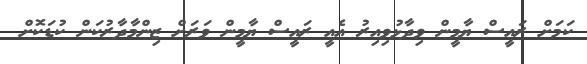
ކަމަށް ރައީސް ޔާމީން ވިދާޅުވިއިރު އެއީ ރައީސް ޔާމީން ވަރަށް ޒިންމާދާރުކަން ކުޑަކޮށް